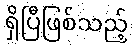
ရှိပြီဖြစ်သည့်